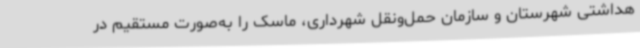
هداشتی شهرستان و سازمان حمل‌ونقل شهرداری، ماسک را به‌صورت مستقیم در